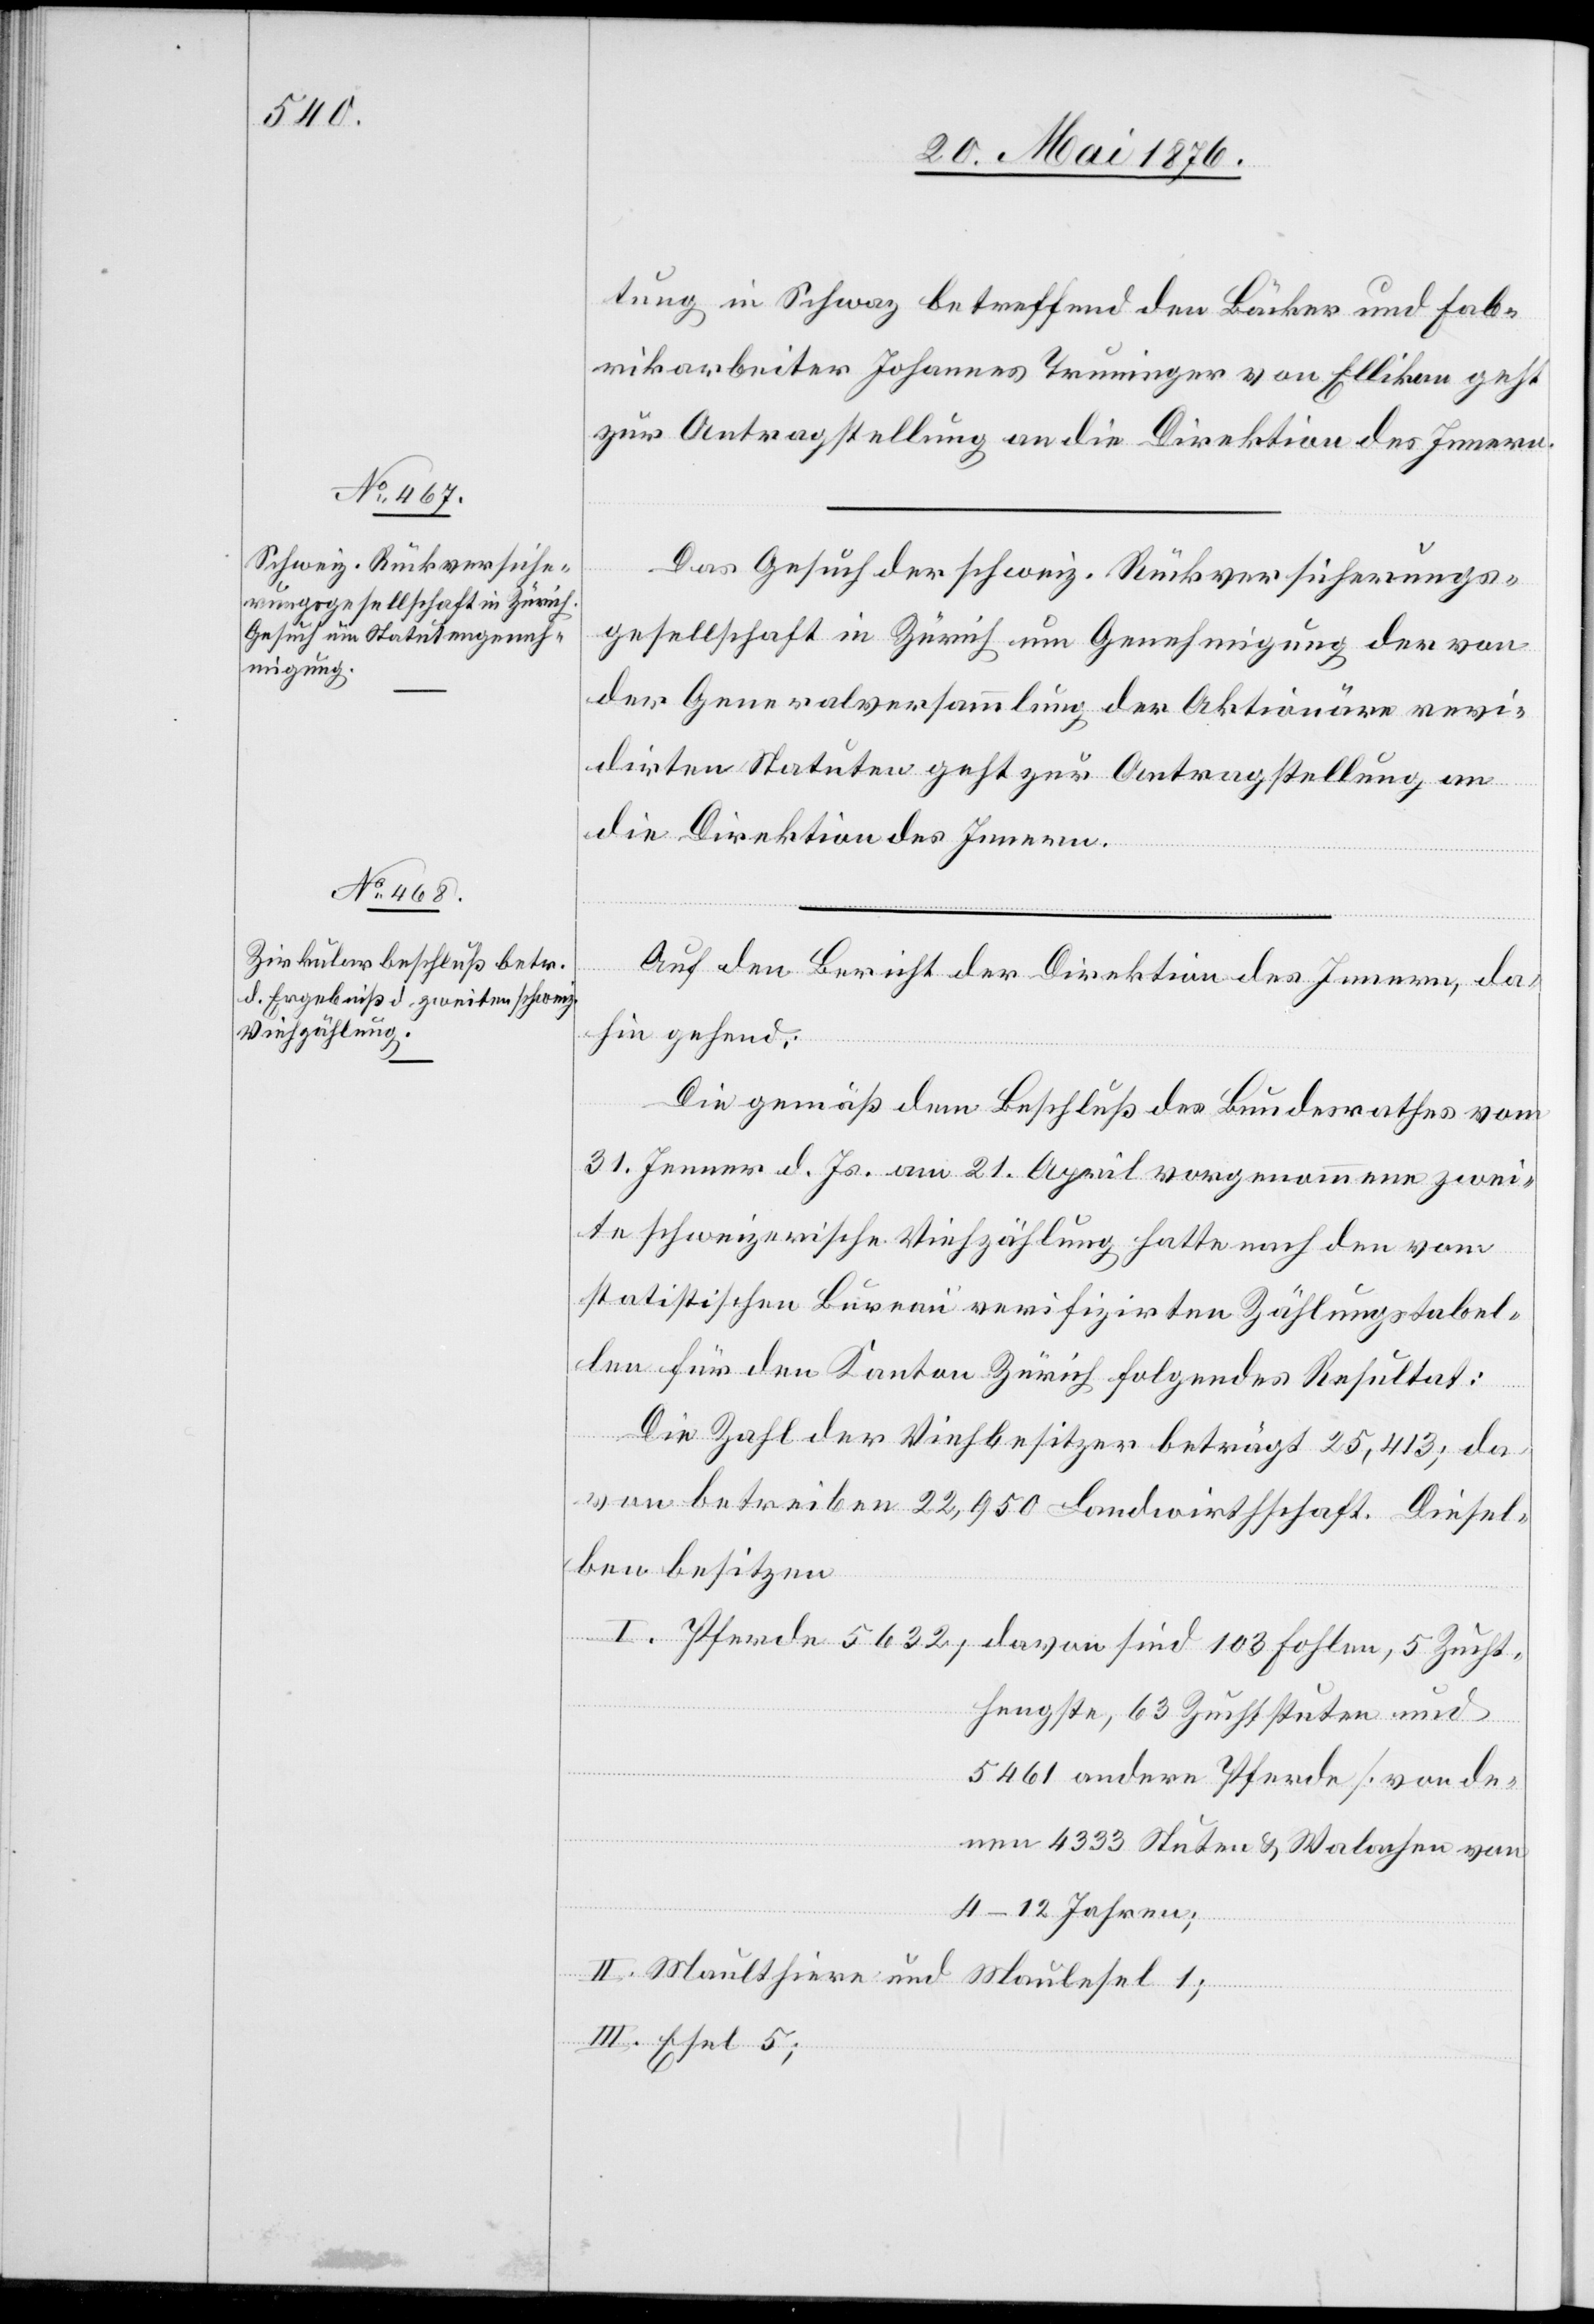
24. Mai 1876.]
tung in Schwaz betreffend den Bäcker und Fab¬
rikarbeiter Johannes Truninger von Ellikon geht
zur Antragstellung an die Direktion des Innern.
Das Gesuch der schweiz. Rückversicherungs¬
gesellschaft in Zürich um Genehmigung der von
der Generalversammlung der Aktionäre revi¬
dirten Statuten geht zur Antragstellung an
die Direktion des Innern.
Auf den Bericht der Direktion des Innern, da¬
hin gehend:
Die gemäß dem Beschluß des Bundesrathes vom
31. Jenner d. Js. am 21. April vorgenommene zwei¬
te schweizerische Viehzählung hatte nach den vom
statistischen Bureau verifizirten Zählungstabel¬
len für den Kanton Zürich folgendes Resultat:
ch¬
Die Zahl der Viehbesitzer beträgt 25,413; da¬
von betreiben 22,950 Landwirthschaft. Diesel¬
ben besitzen
thengste, 63 Zuchtstuten und
5461 andere Pferde [von de¬
nen 4333 Stuten & Walachen von
II. Maultiere und Maulesel 1;
III. Esel 5;